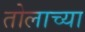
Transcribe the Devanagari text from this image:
तोलाच्या